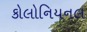
કોલોનિયનલ